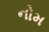
નોમ